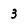
Character: 3